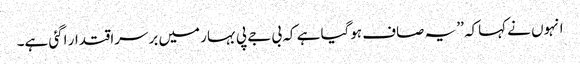
انہوں نے کہاکہ ’’ یہ صاف ہوگیا ہے کہ بی جے پی بہار میں برسراقتدار اگئی ہے۔